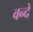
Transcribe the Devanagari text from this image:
वन्‍दे